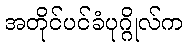
အတိုင်ပင်ခံပုဂ္ဂိုလ်က